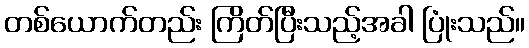
တစ်ယောက်တည်း ကြိတ်ပြီးသည့်အခါ ပြုံးသည်။